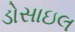
ડોસાઇલ